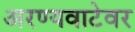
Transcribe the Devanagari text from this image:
अरण्यवाटेवर